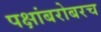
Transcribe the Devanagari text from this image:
पक्षांबरोबरच